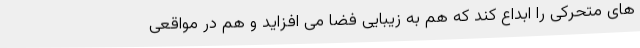
های متحرکی را ابداع کند که هم به زیبایی فضا می افزاید و هم در مواقعی